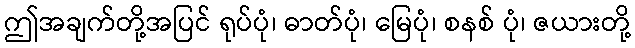
ဤအချက်တို့အပြင် ရုပ်ပုံ၊ ဓာတ်ပုံ၊ မြေပုံ၊ စနစ် ပုံ၊ ဇယားတို့